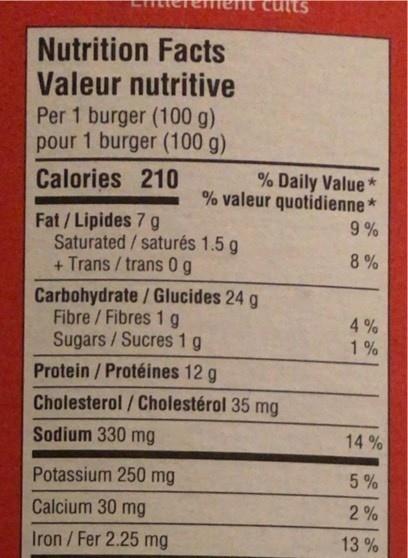
Nutrition Facts Valeur nutritive
Per 1 burger (100 g) pour 1 burger (100 g)
Calories 210
% Daily Value* % valeur quotidienne*
Fat/Lipides 7 g
Saturated/saturés 1.5 g + Trans / trans 0 g
Carbohydrate / Glucides 24 g
Fibre / Fibres 1 g Sugars / Sucres 1 g
Protein / Protéines 12 g
Cholesterol/Cholestérol 35 mg
Sodium 330 mg
Potassium 250 mg
Calcium 30 mg
Iron / Fer 2.25 mg
9%
8%
4%
41
1%
14%
5%
2%
13%